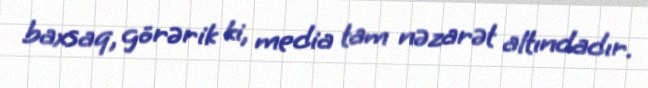
baxsaq, görərik ki, media tam nəzarət altındadır.